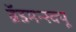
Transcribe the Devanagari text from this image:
ब्रॅडमन्स्क्यू